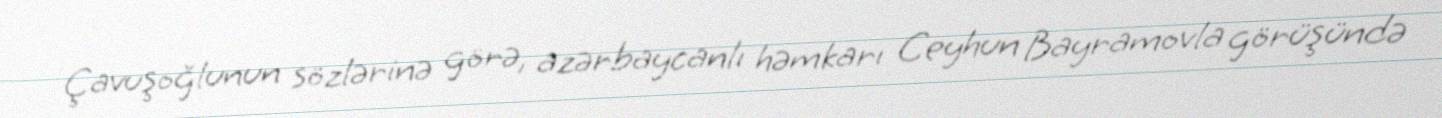
Çavuşoğlunun sözlərinə görə, azərbaycanlı həmkarı Ceyhun Bayramovla görüşündə